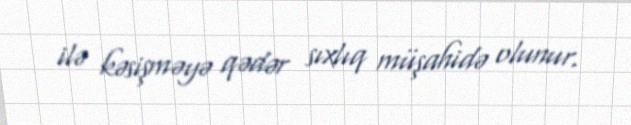
ilə kəsişməyə qədər sıxlıq müşahidə olunur.